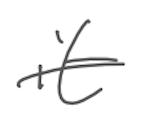
Text: it
Cross-out: single-line
Writing tool: digital_gray